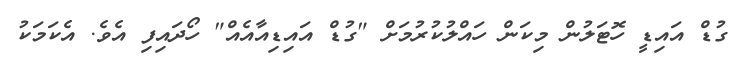
ގުޑް އައިޑީ ހޮޓަލުން މިކަން ހައްލުކުރުމަށް "ގުޑް އައިޑިއާއެއް" ހޯދައިފި އެވެ. އެކަމަކު